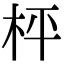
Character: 枰